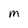
Character: M